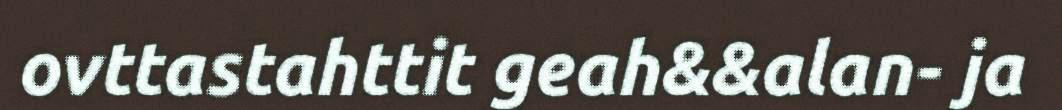
ovttastahttit geah&&alan- ja